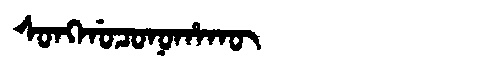
Manchu: ᠰᠣᠩᡤᠣᠴᠣᠨᠣᡥᠠᡴᡡ
Romanization: SONGGOCONOHAKŪ